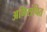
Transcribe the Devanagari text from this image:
अभिसंचित